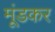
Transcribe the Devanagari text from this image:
मूंडकर